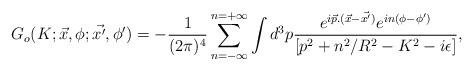
LaTeX: \begin{align*}G_o(K;\vec{x},\phi;\vec{x'},\phi') = -\frac{1}{(2\pi)^4}\sum_{n=-\infty}^{n=+\infty} \int d^3p\frac{e^{i\vec{p} .(\vec{x}-\vec{x'})} e^{in(\phi-\phi')}}{[p^2 + n^2/R^2 - K^2-i \epsilon]},\end{align*}